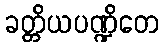
ခတ္တိယပဏ္ဍိတေ